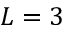
L = 3